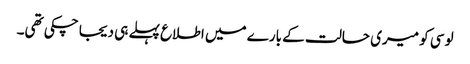
لوسی کو میری حالت کے بارے میں اطلاع پہلے ہی دیجا چکی تھی۔